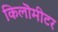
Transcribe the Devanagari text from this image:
किलॊमीटर